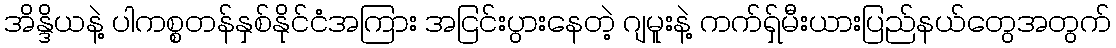
အိန္ဒိယနဲ့ ပါကစ္စတန်နှစ်နိုင်ငံအကြား အငြင်းပွားနေတဲ့ ဂျမူးနဲ့ ကက်ရှ်မီးယားပြည်နယ်တွေအတွက်